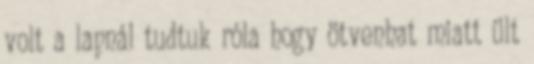
volt a lapnál tudtuk róla hogy ötvenhat miatt ült